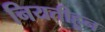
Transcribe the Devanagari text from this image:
नियतीहून